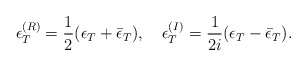
\begin{align*}\epsilon^{(R)}_T=\frac12(\epsilon_{T}+\bar\epsilon_{T}),\quad\epsilon^{(I)}_T=\frac{1}{2i}(\epsilon_{T}-\bar\epsilon_{T}).\end{align*}